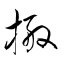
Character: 搬